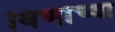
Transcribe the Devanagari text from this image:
विणींच्या